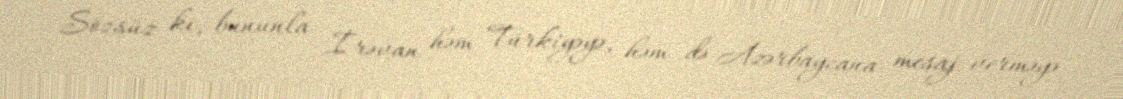
Sözsüz ki, bununla İrəvan həm Türkiyəyə, həm də Azərbaycana mesaj verməyə